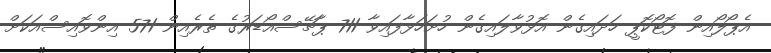
އެޕޯލޯއިން ފޮޓޯކޮޕީ ހަދައިގެން އޮޅުވާލައިގެން ހުށަހަޅާފައިވާ 711 ޕާޗޭސްއޯޑަރުގެ ތެރެއިން 571 އިންވޮއިސްއަކަށް